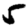
Digit: 5